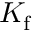
K _ { \mathrm { f } }